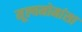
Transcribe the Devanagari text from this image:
मूल्यमोमांसा